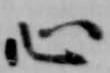
心